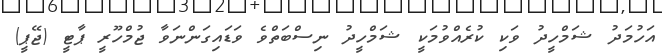
އަހުމަދު ޝަމްހީދު ވަކި ކުރެއްވުމަކީ ޝަމްހީދު ނިސްބަތްވެ ވަޑައިގަންނަވާ ޖުމްހޫރީ ޕާޓީ (ޖޭޕީ)